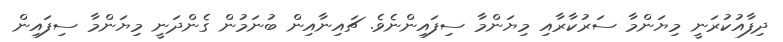
ދިފާއުކުރަނީ މިޔަންމާ ސަރުކާރާއި މިޔަންމާ ސިފައިންނެވެ. ޗައިނާއިން ބުނަމުން ގެންދަނީ މިޔަންމާ ސިފައިން